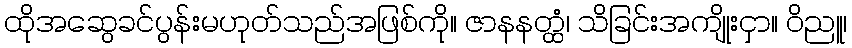
ထိုအဆွေခင်ပွန်းမဟုတ်သည်အဖြစ်ကို။ ဇာနနတ္ထံ၊ သိခြင်းအကျိုးငှာ။ ဝိညူ၊